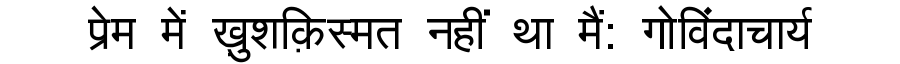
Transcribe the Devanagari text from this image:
प्रेम में ख़ुशक़िस्मत नहीं था मैं: गोविंदाचार्य